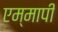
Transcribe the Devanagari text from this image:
एम्मापी